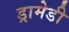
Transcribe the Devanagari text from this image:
ड्रामेडी